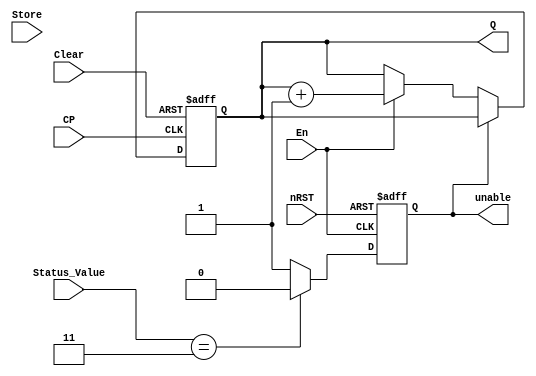
module T_counter(Q, unable, CP, Clear, nRST, En, Store, Status_Value);
output reg 	[15:0] 	Q;
output reg  		unable;
input  				CP, Clear, nRST, En, Store;
input 		[1:0] 	Status_Value;
parameter N = 16; 

always @(posedge En or negedge nRST) 
begin
	if(!nRST) unable <= 0;
	else begin
		if (Status_Value == 2'b11) unable <= 0;
		else unable <= 1;
	end
end

always @ (posedge CP or negedge Clear) 
begin
	if(!Clear) Q <= 4'b0000;
	else if(!unable) begin
		if(En) Q <= Q+1'b1;
	end
end
endmodule